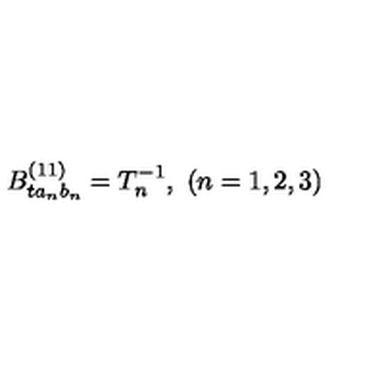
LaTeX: B _ { t a _ { n } b _ { n } } ^ { ( 1 1 ) } = T _ { n } ^ { - 1 } , \ ( n = 1 , 2 , 3 )